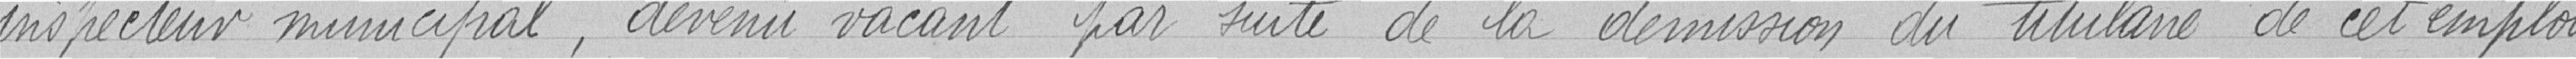
inspecteur municipal, devenu vacant par suite de la démission du titulaire de cet emploi,